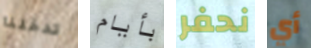
تدخلنا بأيام نحفر أي